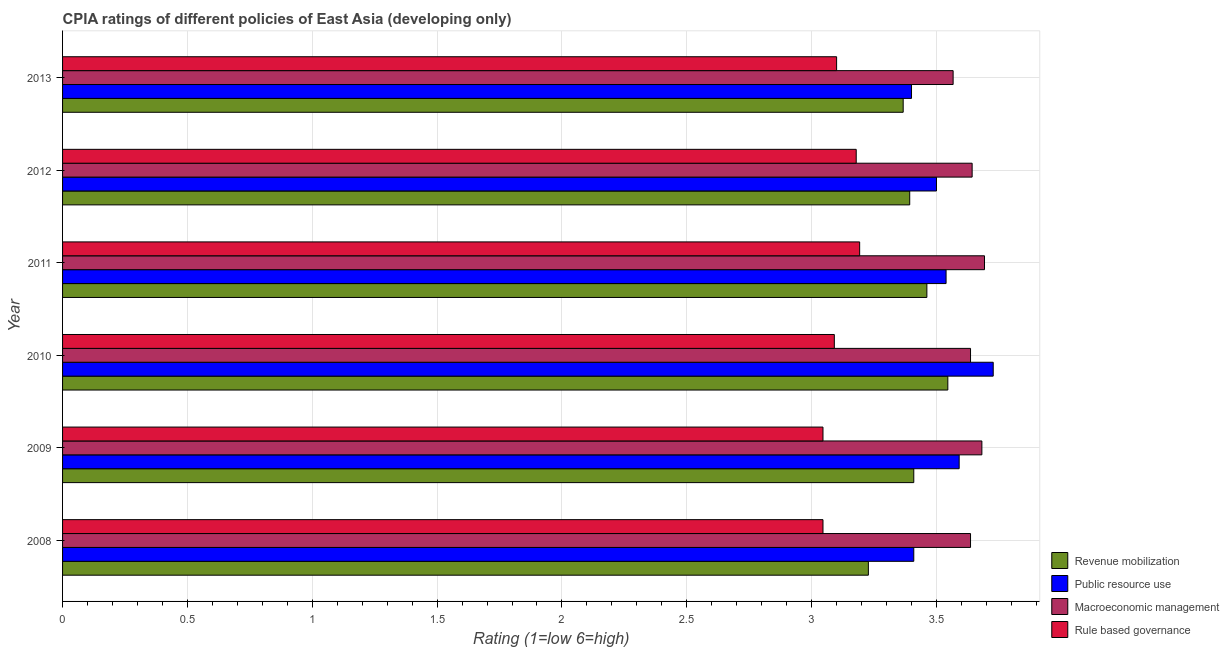
| Year | Revenue mobilization | Public resource use | Macroeconomic management | Rule based governance |
 | --- | --- | --- | --- | --- |
 | 2008 | 3.23 | 3.41 | 3.64 | 3.05 |
 | 2009 | 3.41 | 3.59 | 3.68 | 3.05 |
 | 2010 | 3.55 | 3.73 | 3.64 | 3.09 |
 | 2011 | 3.46 | 3.54 | 3.69 | 3.19 |
 | 2012 | 3.39 | 3.5 | 3.64 | 3.18 |
 | 2013 | 3.37 | 3.4 | 3.57 | 3.1 |